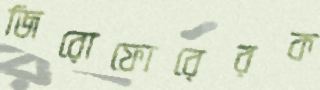
জিরোফোরেরক